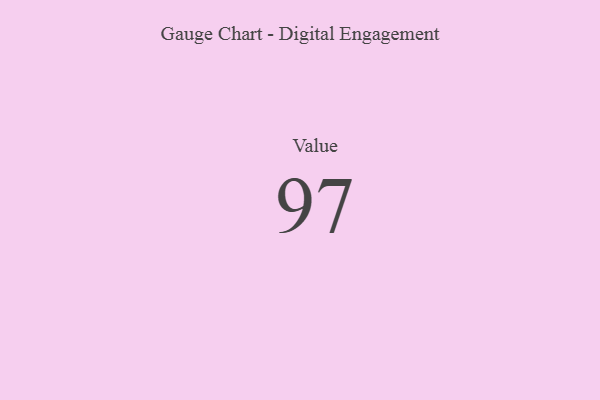
{"axis": {"x": "Metric", "y": "Value"}, "legend": [""], "data": [{"x": "Value", "y": 97, "type": ""}]}